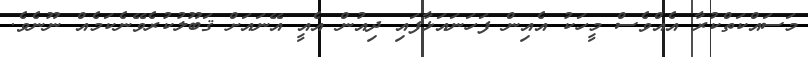
މަސައްކަތްކުރާ އެއްވެސް މީހަކު އެއިން ފަހަނައަޅާފައި ދިއުން އެއީ އޭނައަށް ޤަބޫލުކުރެވޭނެކަމެއް ނޫނެވެ.